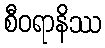
စီဝရာနိဿ